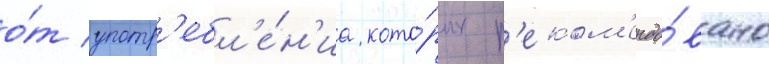
о́т употр'ебл'е́н'иа кото́рых р'еком'ендо́вано